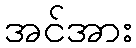
အင်အား